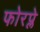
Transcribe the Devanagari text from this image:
फोरप्ले